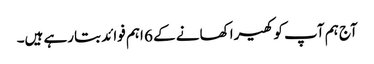
آج ہم آپ کو کھیرا کھانے کے 6 اہم فوائد بتارہے ہیں۔